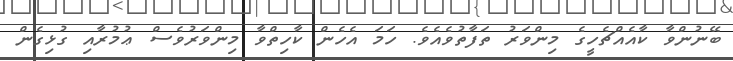
ބޭނުންވާ ކާއެއްޗެހީގެ މިންވަރު ތަފާތުވެއެވެ. ހަމަ އެހެން ކާހިތްވާ މިންވަރުވެސް ޢުމުރާއި ގުޅިގެން